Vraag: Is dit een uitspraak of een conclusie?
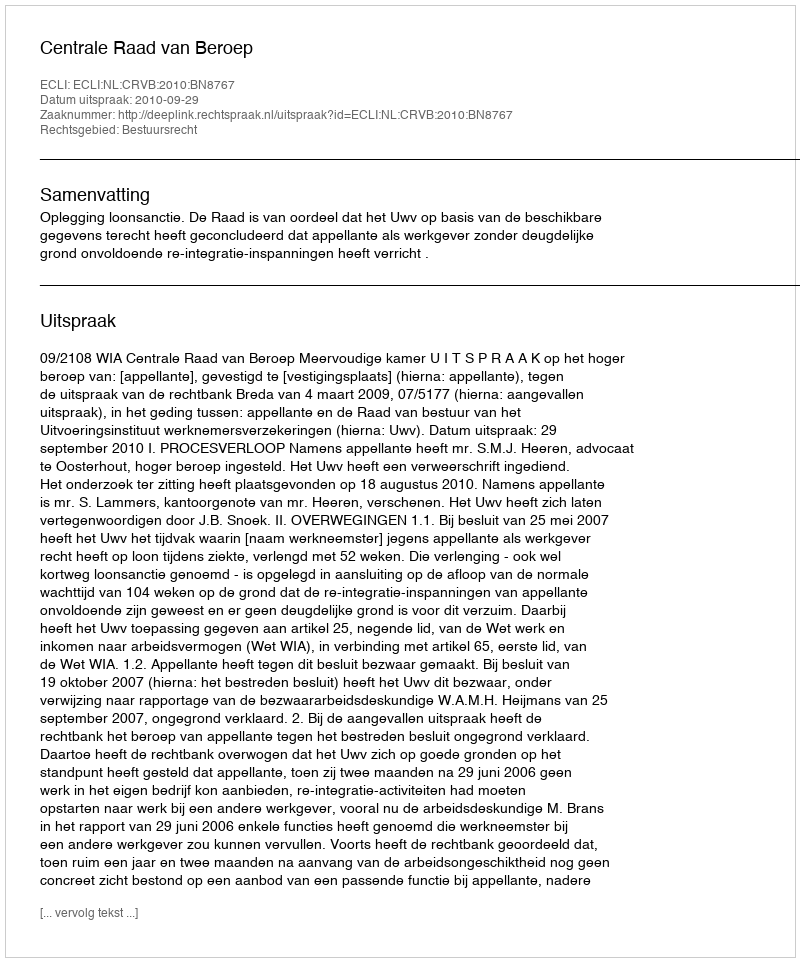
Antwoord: Uitspraak